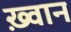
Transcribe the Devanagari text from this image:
ख़्वान